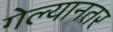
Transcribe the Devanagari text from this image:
गेल्यानतर